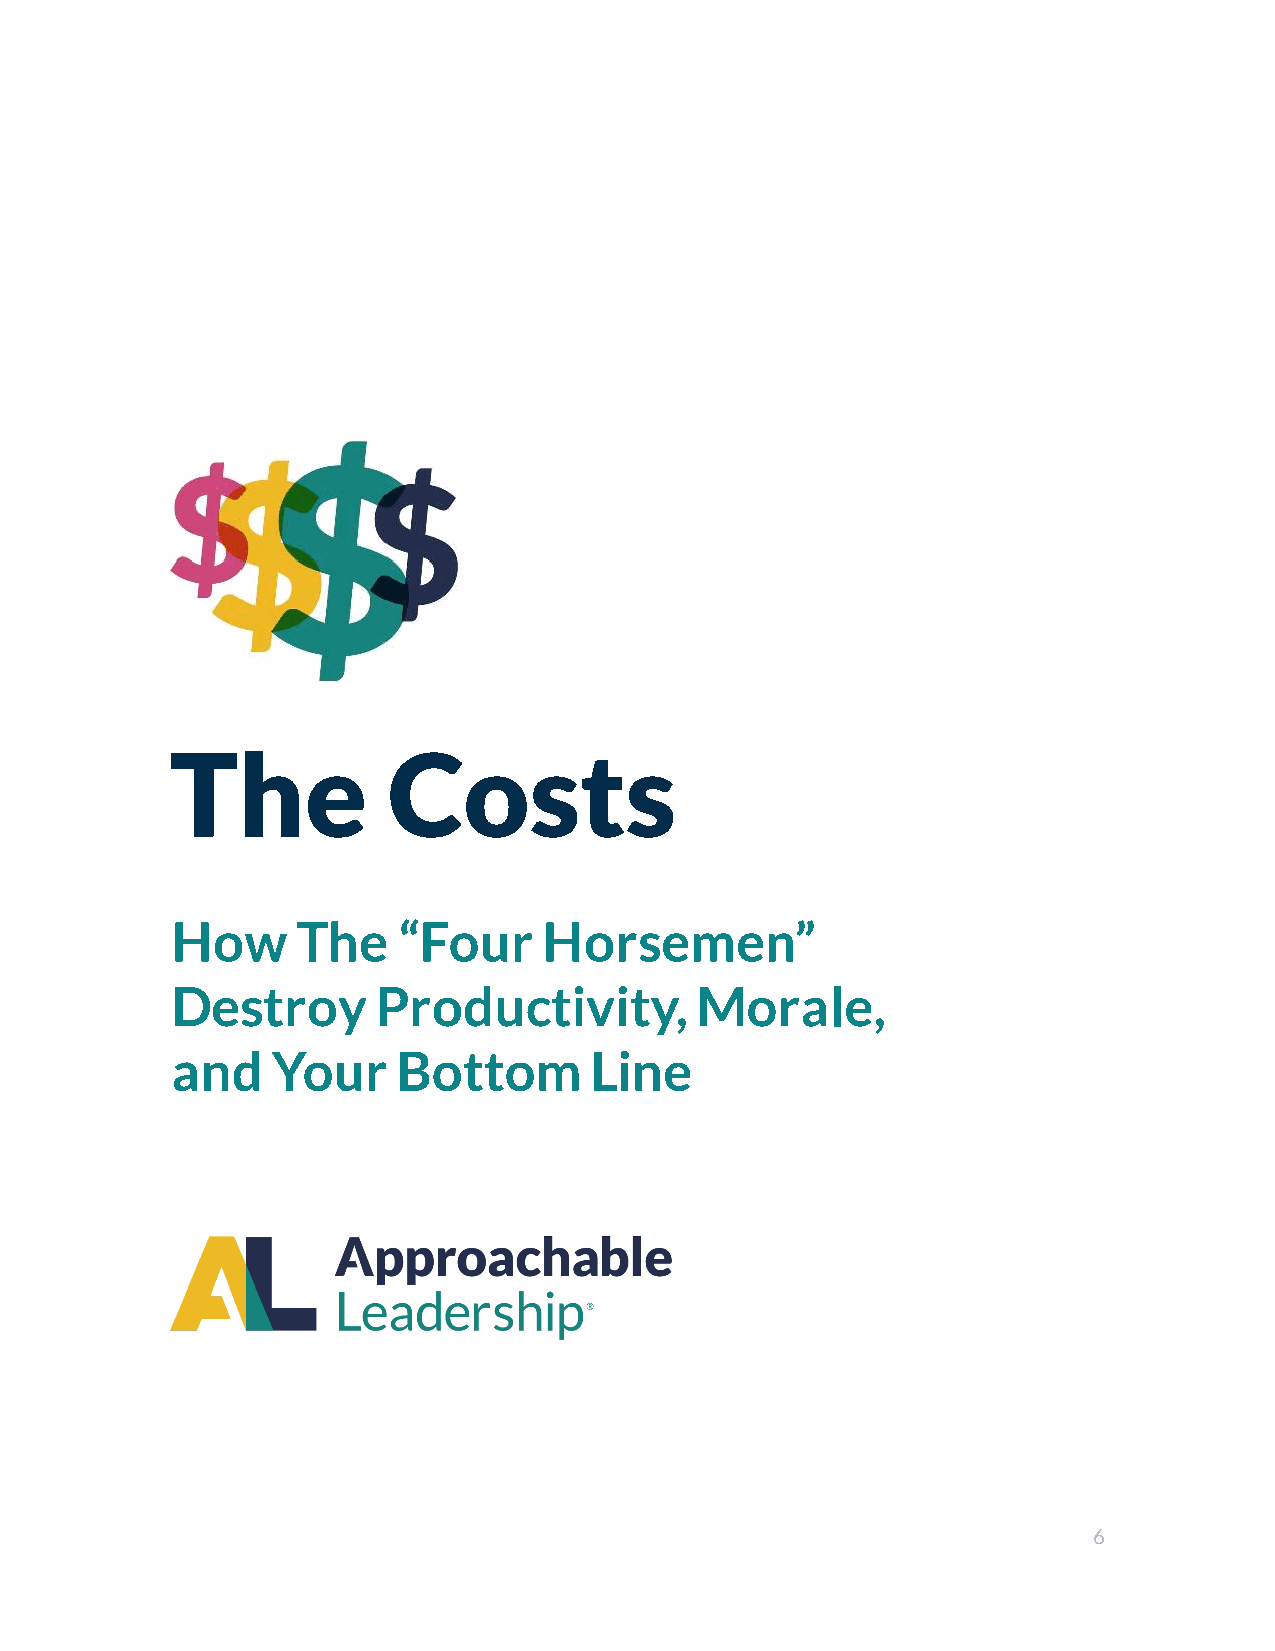
The            Costs
 How      The   “Four     Horsemen”
 Destroy       Productivity,        Morale,
 and    Your    Bottom       Line
 6